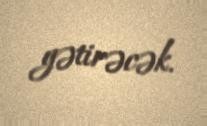
gətirəcək.